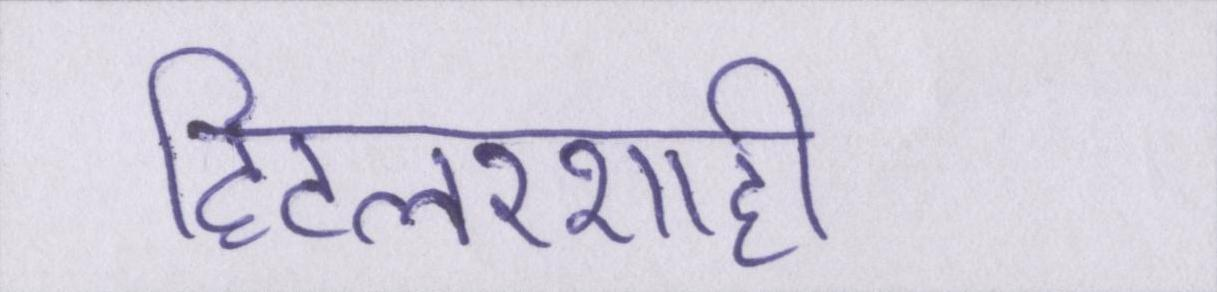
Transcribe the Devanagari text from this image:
हिटलरशाही